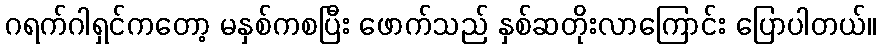
ဂရက်ဂါရှင်ကတော့ မနှစ်ကစပြီး ဖောက်သည် နှစ်ဆတိုးလာကြောင်း ပြောပါတယ်။